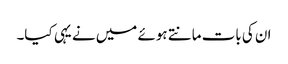
ان کی بات مانتے ہوئے میں نے یہی کیا۔